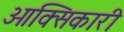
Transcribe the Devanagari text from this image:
ओक्सिकारी